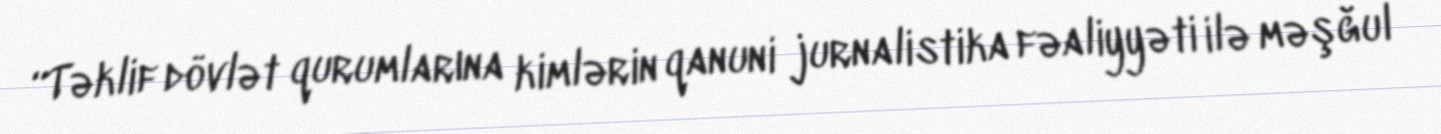
“Təklif dövlət qurumlarına kimlərin qanuni jurnalistika fəaliyyəti ilə məşğul